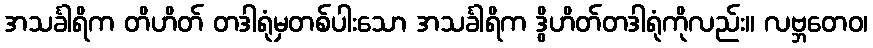
အသင်္ခါရိက တိဟိတ် တဒါရုံမှတစ်ပါးသော အသင်္ခါရိက ဒွိဟိတ်တဒါရုံကိုလည်း။ လဗ္ဘတေဝ၊